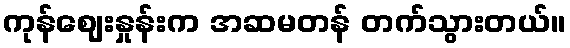
ကုန်ဈေးနှုန်းက အဆမတန် တက်သွားတယ်။